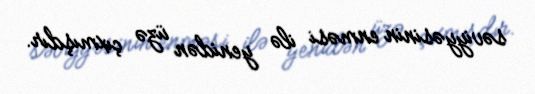
səviyyəsinin enməsi ilə yenidən üzə çıxmışdır.